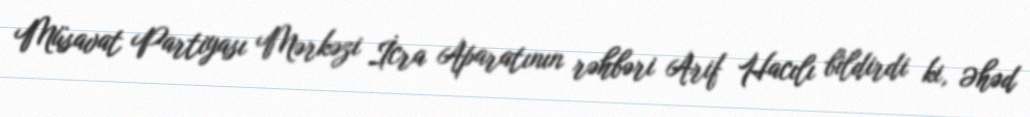
Müsavat Partiyası Mərkəzi İcra Aparatının rəhbəri Arif Hacılı bildirdi ki, Əhəd